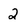
Character: 2